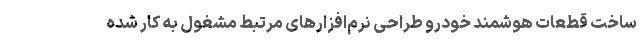
ساخت قطعات هوشمند خودرو طراحی نرم‌افزارهای مرتبط مشغول به کار شده